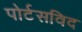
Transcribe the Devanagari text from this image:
पोर्टसविद